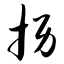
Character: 拐